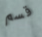
قسم